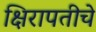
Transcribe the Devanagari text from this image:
क्षिरापतीचे